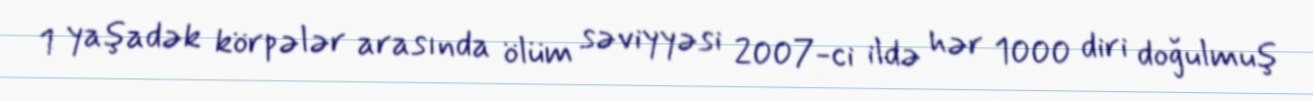
1 yaşadək körpələr arasında ölüm səviyyəsi 2007-ci ildə hər 1000 diri doğulmuş